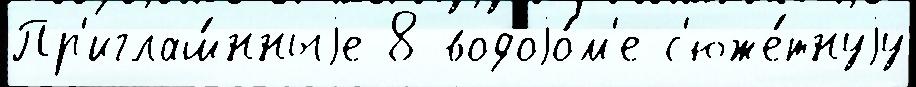
Пр'иглаш́нныjе 8 водоjо́м'е с'юже́тнуjу